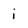
Character: i